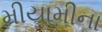
મીયામીના